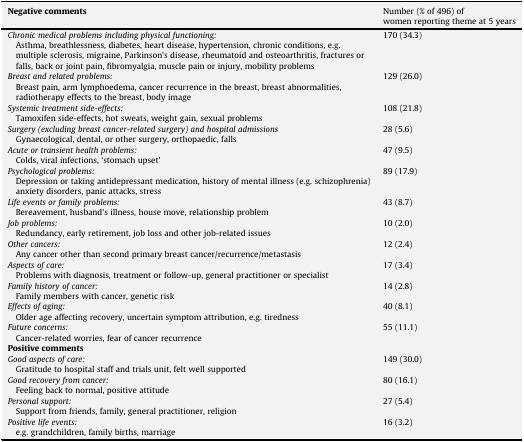
<table><thead><tr><td><b>Negative comments</b></td><td><b>Number (% of 496) of women reporting theme at 5 years</b></td></tr></thead><tbody><tr><td><i>Chronic medical problems including physical functioning:</i>Asthma, breathlessness, diabetes, heart disease, hypertension, chronic conditions, e.g. multiple sclerosis, migraine, Parkinson&#x27;s disease, rheumatoid and osteoarthritis, fractures or falls, back or joint pain, fibromyalgia, muscle pain or injury, mobility problems</td><td>170 (34.3)</td></tr><tr><td><i>Breast and related problems:</i>Breast pain, arm lymphoedema, cancer recurrence in the breast, breast abnormalities, radiotherapy effects to the breast, body image</td><td>129 (26.0)</td></tr><tr><td><i>Systemic treatment side-effects:</i>Tamoxifen side-effects, hot sweats, weight gain, sexual problems</td><td>108 (21.8)</td></tr><tr><td><i>Surgery (excluding breast cancer-related surgery) and hospital admissions</i>Gynaecological, dental, or other surgery, orthopaedic, falls</td><td>28 (5.6)</td></tr><tr><td><i>Acute or transient health problems:</i>Colds, viral infections, ‘stomach upset’</td><td>47 (9.5)</td></tr><tr><td><i>Psychological problems:</i>Depression or taking antidepressant medication, history of mental illness (e.g. schizophrenia) anxiety disorders, panic attacks, stress</td><td>89 (17.9)</td></tr><tr><td><i>Life events or family problems:</i>Bereavement, husband&#x27;s illness, house move, relationship problem</td><td>43 (8.7)</td></tr><tr><td><i>Job problems:</i>Redundancy, early retirement, job loss and other job-related issues</td><td>10 (2.0)</td></tr><tr><td><i>Other cancers:</i>Any cancer other than second primary breast cancer/recurrence/metastasis</td><td>12 (2.4)</td></tr><tr><td><i>Aspects of care:</i>Problems with diagnosis, treatment or follow-up, general practitioner or specialist</td><td>17 (3.4)</td></tr><tr><td><i>Family history of cancer:</i>Family members with cancer, genetic risk</td><td>14 (2.8)</td></tr><tr><td><i>Effects of aging:</i>Older age affecting recovery, uncertain symptom attribution, e.g. tiredness</td><td>40 (8.1)</td></tr><tr><td><i>Future concerns:</i>Cancer-related worries, fear of cancer recurrence</td><td>55 (11.1)</td></tr><tr><td colspan="2"><b>Positive comments</b></td></tr><tr><td><i>Good aspects of care:</i>Gratitude to hospital staff and trials unit, felt well supported</td><td>149 (30.0)</td></tr><tr><td><i>Good recovery from cancer:</i>Feeling back to normal, positive attitude</td><td>80 (16.1)</td></tr><tr><td><i>Personal support:</i>Support from friends, family, general practitioner, religion</td><td>27 (5.4)</td></tr><tr><td><i>Positive life events:</i>e.g. grandchildren, family births, marriage</td><td>16 (3.2)</td></tr></tbody></table>